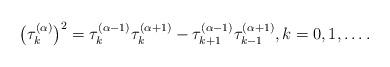
LaTeX: \begin{gather*}\big(\tau_k^{(\alpha)}\big)^2=\tau_{k}^{(\alpha-1)}\tau_{k}^{(\alpha+1)}-\tau_{k+1}^{(\alpha-1)}\tau_{k-1}^{(\alpha+1)},k=0,1,\dots.\end{gather*}